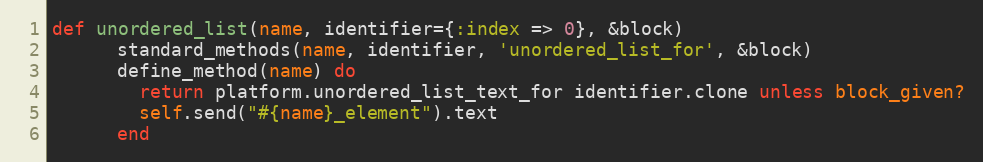
Language: Ruby
def unordered_list(name, identifier={:index => 0}, &block)
      standard_methods(name, identifier, 'unordered_list_for', &block)
      define_method(name) do
        return platform.unordered_list_text_for identifier.clone unless block_given?
        self.send("#{name}_element").text
      end